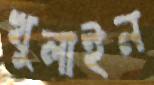
খুলাইন